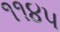
૧૧૪૫